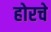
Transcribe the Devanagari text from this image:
होरचे